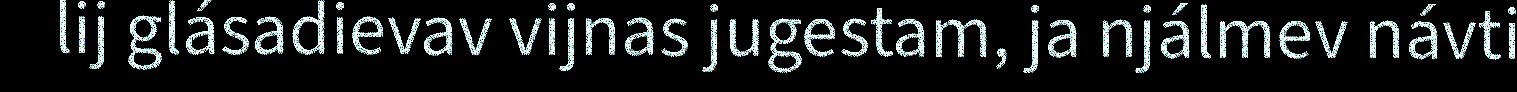
lij glásadievav vijnas jugestam, ja njálmev návti